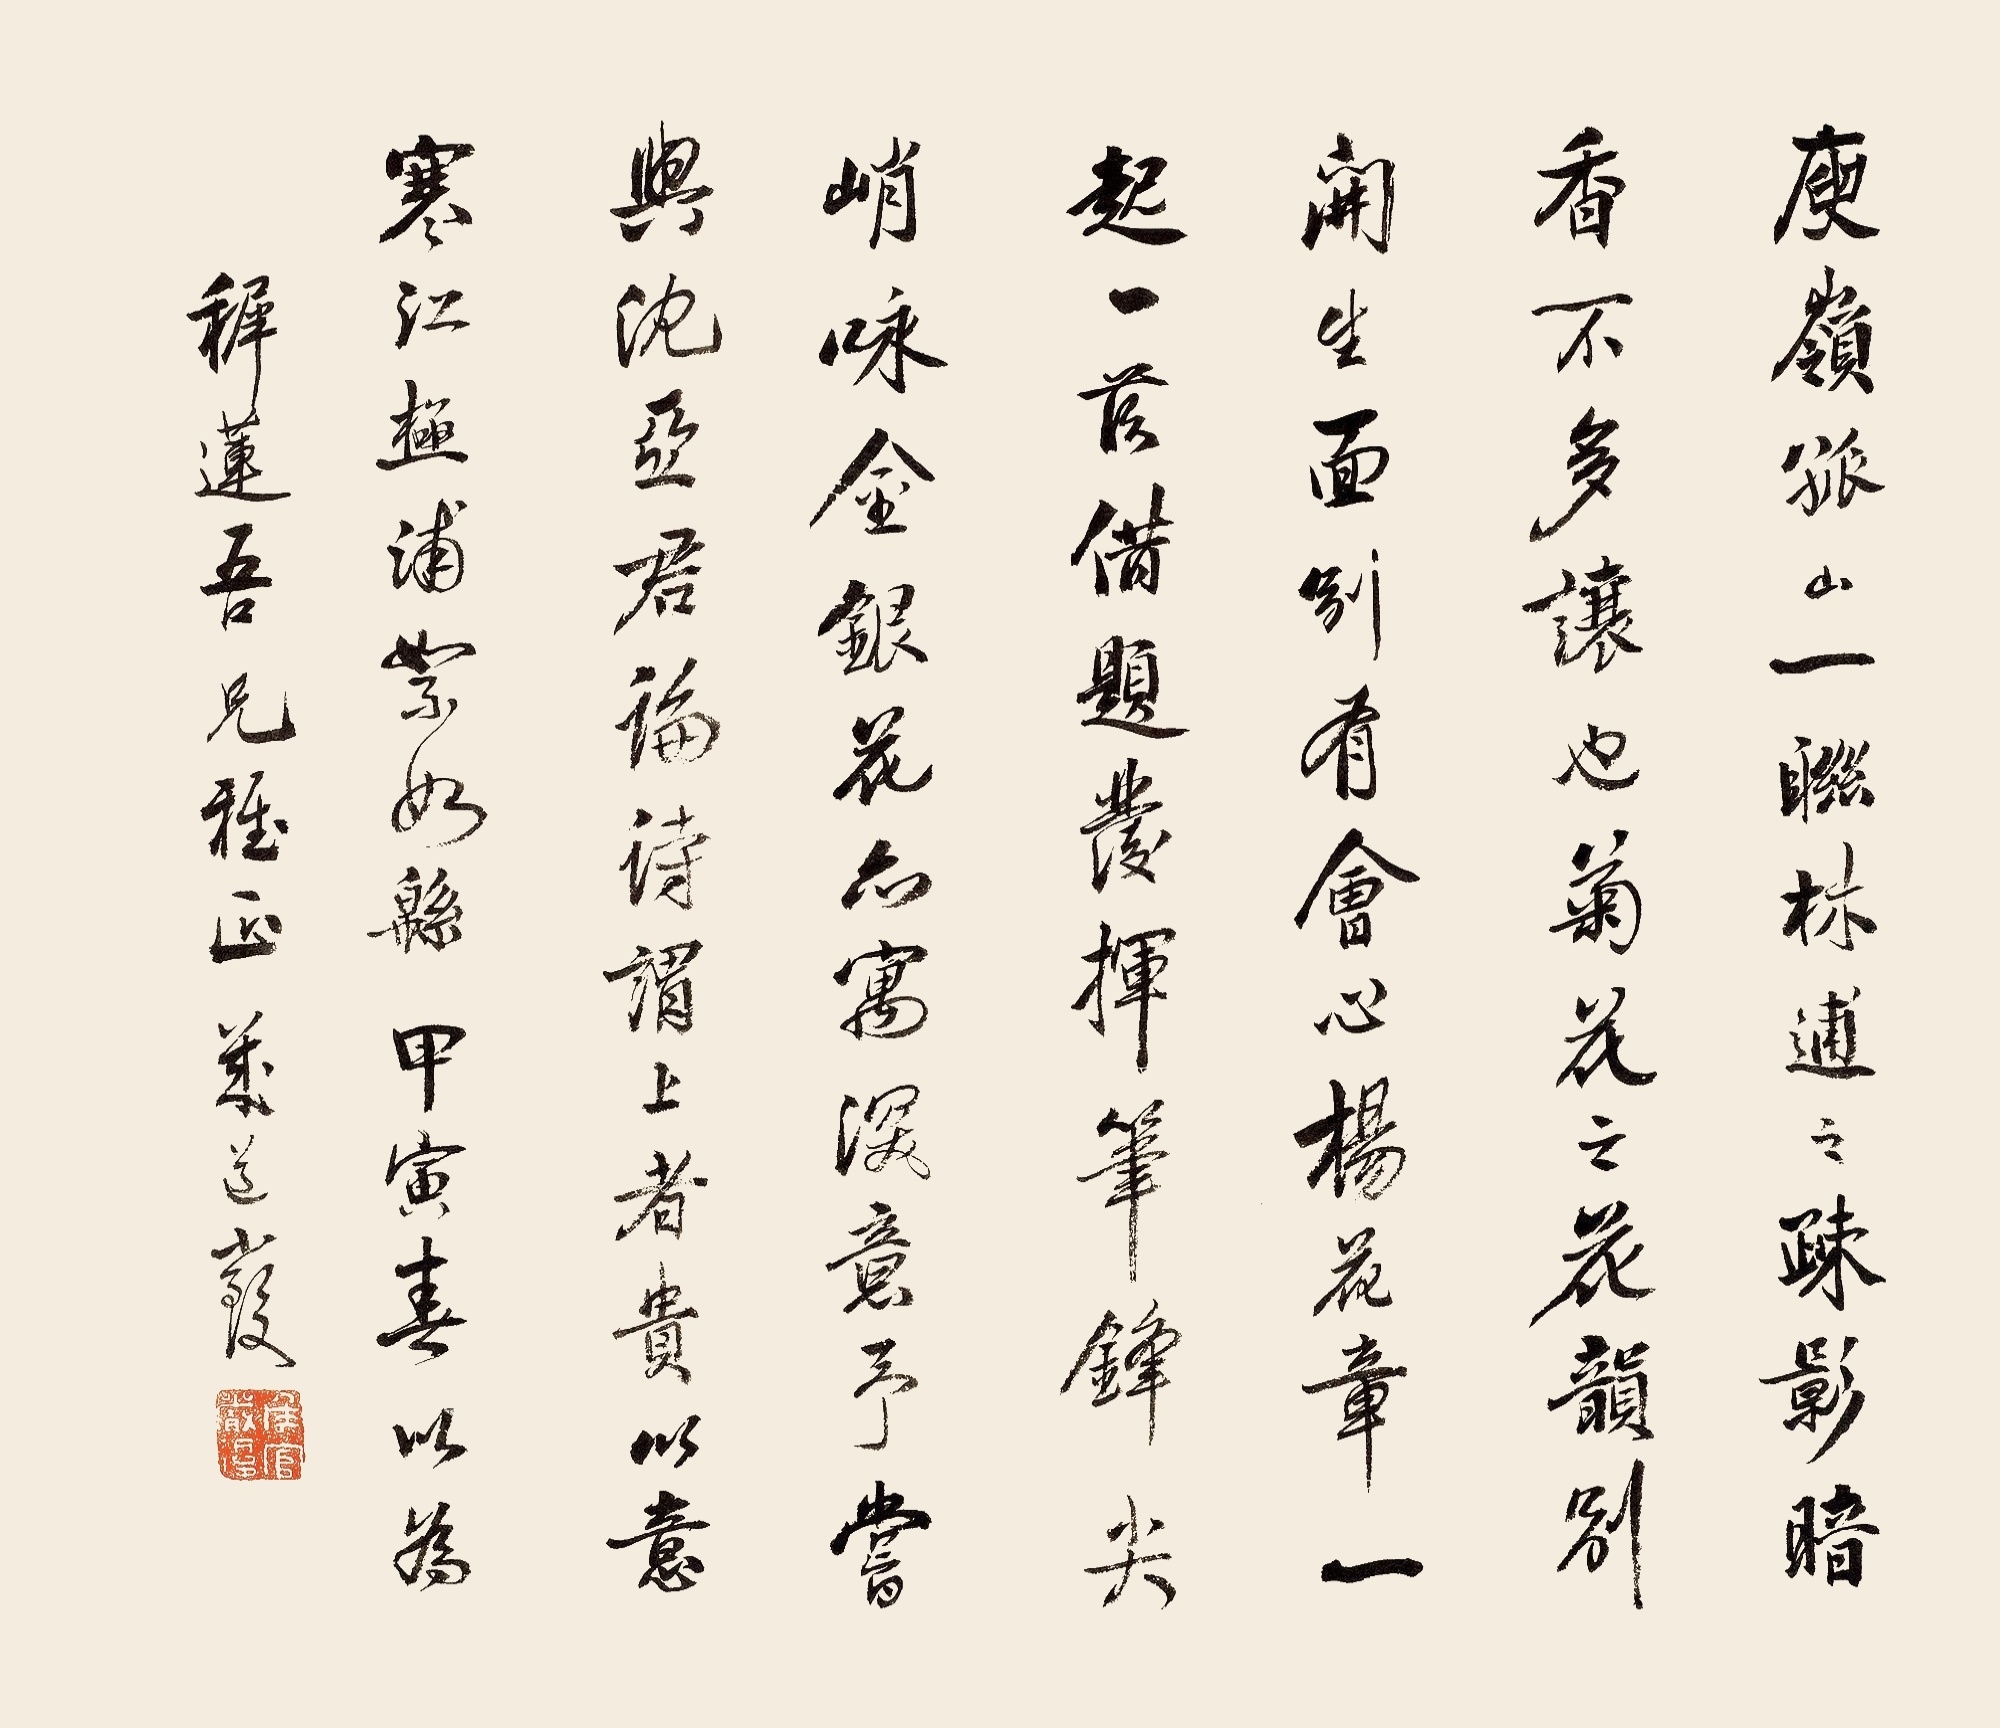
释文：庾岭孤山一联，林逋之疏影暗香不多让也，菊花之花韵别开生面，别有会心，杨花章一起一落借题发挥，笔锋尖峭，咏金银花亦富深意。予尝与沈亚君论诗谓，上者贵以意，寒江极浦絮如绵。甲寅春以为穉莲吾兄雅正，几道严复。